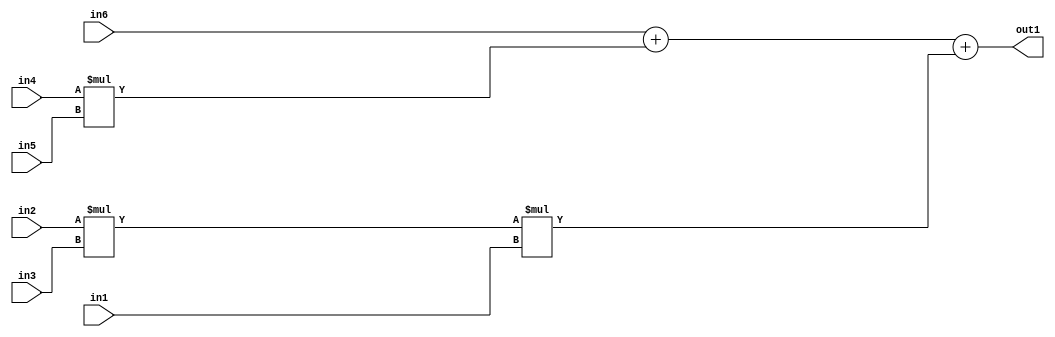
`timescale 1ps / 1ps
/*****************************************************************************
    Verilog RTL Description
    
    
    Created by: Stratus DpOpt 2019.1.01 
*******************************************************************************/

module st_weight_addr_gen_Add3Mul3u16u16u16Mul2u16u16u16_4_3 (
	in6,
	in5,
	in4,
	in3,
	in2,
	in1,
	out1
	); /* architecture "behavioural" */ 
input [15:0] in6,
	in5,
	in4,
	in3,
	in2,
	in1;
output [31:0] out1;
wire [31:0] asc001,
	asc002;

assign asc002 = 
	+(in2 * in3);

wire [31:0] asc001_tmp_0;
wire [31:0] asc001_tmp_1;
assign asc001_tmp_1 = 
	+(in6);
assign asc001_tmp_0 = asc001_tmp_1
	+(in4 * in5);
assign asc001 = asc001_tmp_0
	+(asc002 * in1);

assign out1 = asc001;
endmodule

/* CADENCE  v7T4Sw8= : u9/ySgnWtBlWxVPRXgAZ4Og= ** DO NOT EDIT THIS LINE ******/